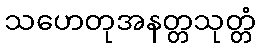
သဟေတုအနတ္တသုတ္တံ